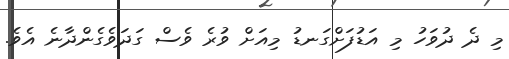
މި ދެ ދުވަހު މި އަޑުފަށްގަނޑު މިއަށް ވުރެ ވެސް ގަދަވެގެންދާނެ އެވެ.